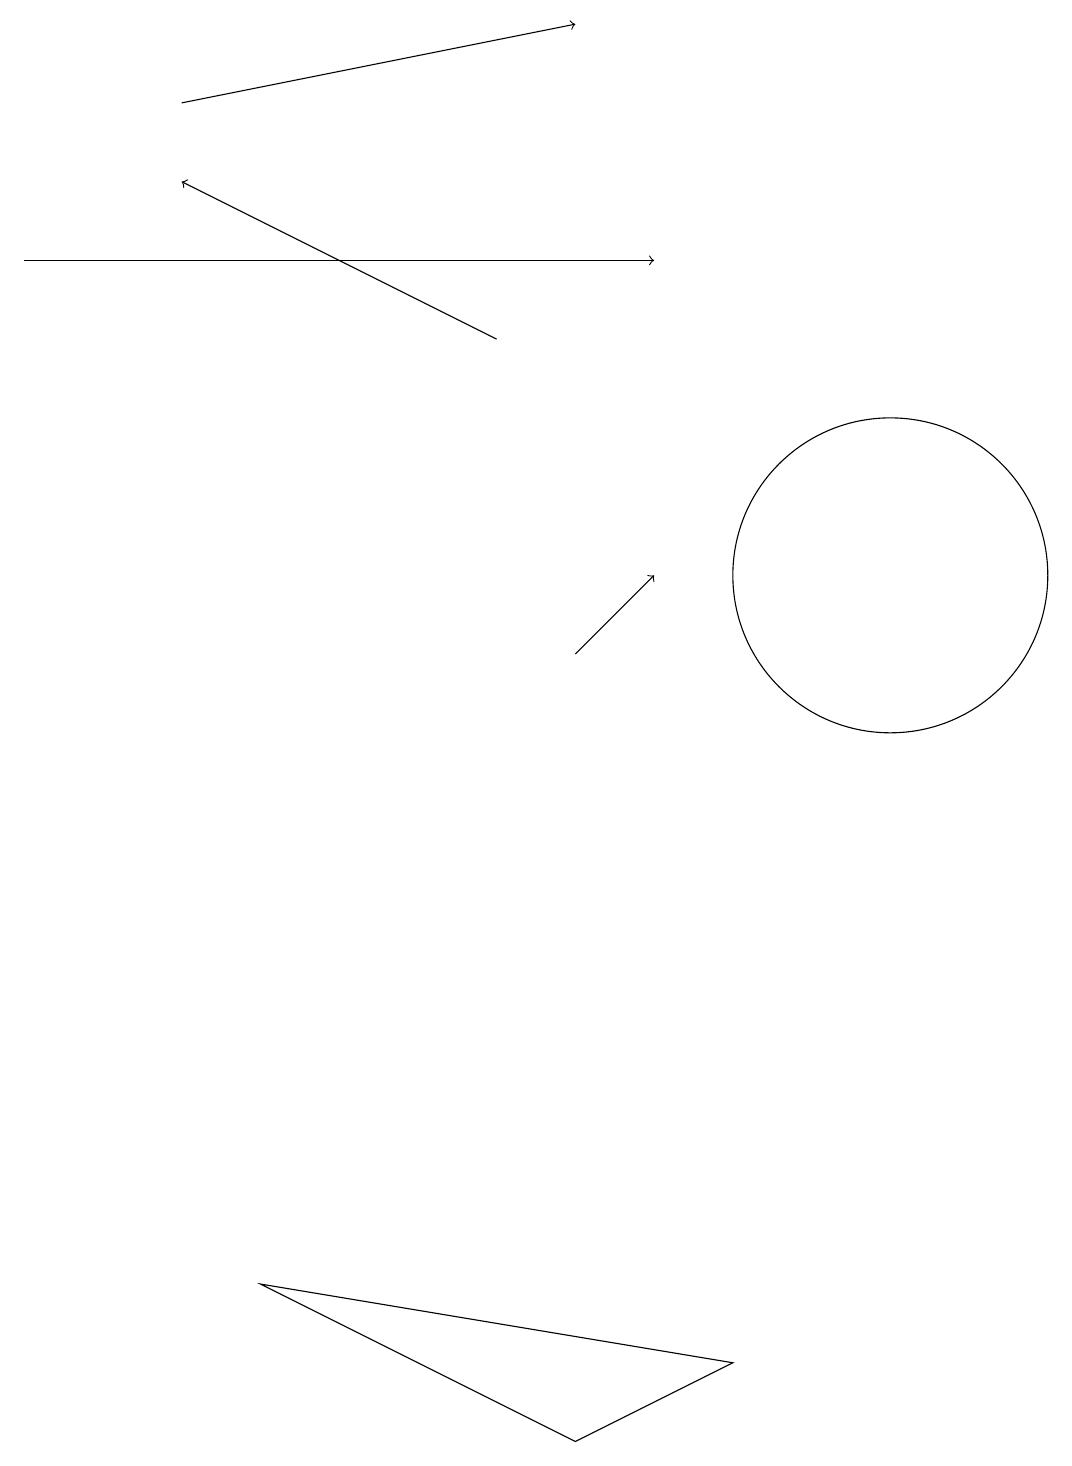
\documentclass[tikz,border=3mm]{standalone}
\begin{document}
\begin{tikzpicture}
\draw (11,11) circle (2);
\draw[->] (0,15) -- (8,15);
\draw[->] (2,17) -- (7,18);
\draw[->] (6,14) -- (2,16);
\draw[->] (7,10) -- (8,11);
\draw (7,0) -- (3,2) -- (9,1) -- cycle;
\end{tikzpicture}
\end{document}